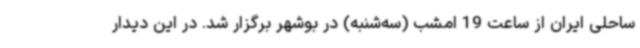
ساحلی ایران از ساعت 19 امشب (سه‌شنبه) در بوشهر برگزار شد. در این دیدار